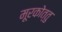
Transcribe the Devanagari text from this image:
मूरकोत्तु